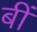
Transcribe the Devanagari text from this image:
बीं